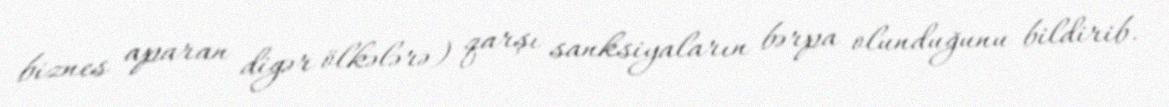
biznes aparan digər ölkələrə) qarşı sanksiyaların bərpa olunduğunu bildirib.